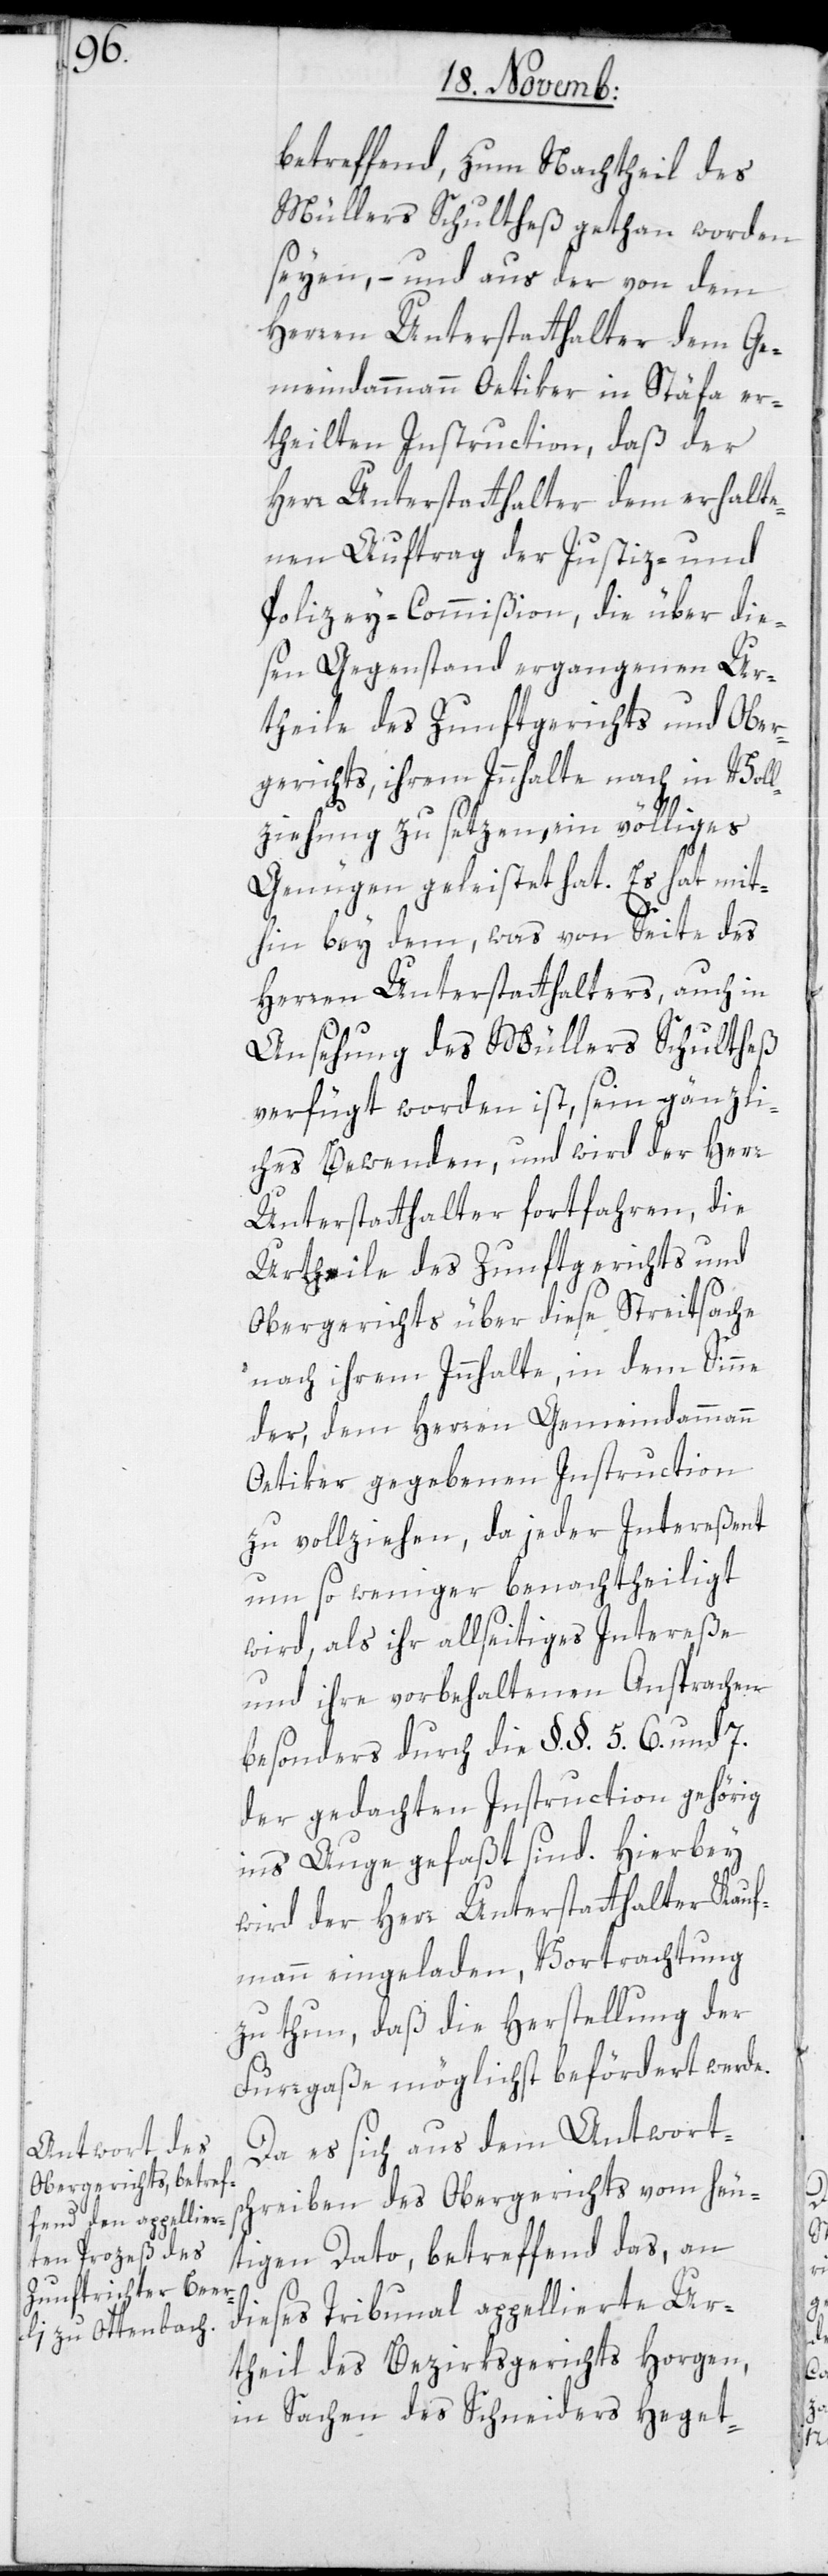
betreffend, zum Nachtheil des
Müllers Schultheß gethan worden
seyen, – und aus der von dem
Herren Unterstatthalter dem Ge¬
meindammann Oetiker in Stäfa er¬
theilten Instruction, daß der
Herr Unterstatthalter dem erhalte¬
nen Auftrag der Justiz- und
Polizey-Commißion, die über die¬
sen Gegenstand ergangenen Ur¬
theile des Zunftgerichts und Ober¬
gerichts, ihrem Innhalte nach in Vol¬
lziehung zu setzen, ein völliges
Genügen geleistet hat. Es hat mit¬
hin bey dem, was von Seite des
Herren Unterstatthalters, auch in
Ansehung des Müllers Schultheß
verfügt worden ist, sein gänzli¬
ches Bewenden, und wird der Herr
Unterstatthalter fortfahren, die
Urtheile des Zunftgerichts und
Obergerichts über diese Streitsache
nach ihrem Innhalte, in dem Sinne
der, dem Herren Gemeindammann
Oetiker gegebenen Instruction
zu vollziehen, da jeder Intereßent
um so weniger benachtheiligt
wird, als ihr allseitiges Intereße
und ihre vorbehaltenen Ansprachen
besonders durch die §. §. 5. 6. und 7.
der gedachten Instruction gehörig
ins Auge gefaßt sind. Hierbei
wird der Herr Unterstatthalter Kauf¬
mann eingeladen, Vortrachtung
zu tun, daß die Herstellung der
Furrgaße möglichst befördert werde.
Da es sich aus dem Antworts¬
chreiben des Obergerichts vom heu¬
tigen Dato betreffend das, an
dieses Tribunal appellierte Ur¬
theil des Bezirksgerichts Horgen,
in Sachen des Schneiders Heget-